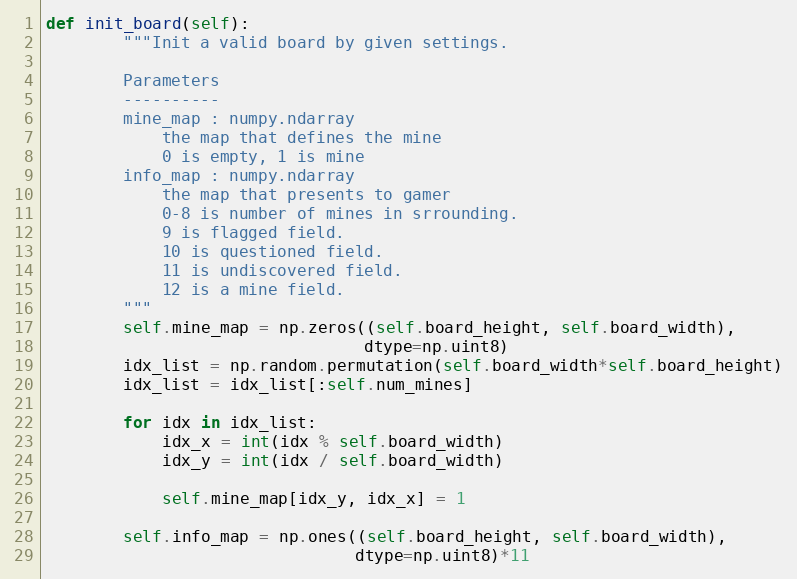
Language: Python
def init_board(self):
        """Init a valid board by given settings.

        Parameters
        ----------
        mine_map : numpy.ndarray
            the map that defines the mine
            0 is empty, 1 is mine
        info_map : numpy.ndarray
            the map that presents to gamer
            0-8 is number of mines in srrounding.
            9 is flagged field.
            10 is questioned field.
            11 is undiscovered field.
            12 is a mine field.
        """
        self.mine_map = np.zeros((self.board_height, self.board_width),
                                 dtype=np.uint8)
        idx_list = np.random.permutation(self.board_width*self.board_height)
        idx_list = idx_list[:self.num_mines]

        for idx in idx_list:
            idx_x = int(idx % self.board_width)
            idx_y = int(idx / self.board_width)

            self.mine_map[idx_y, idx_x] = 1

        self.info_map = np.ones((self.board_height, self.board_width),
                                dtype=np.uint8)*11